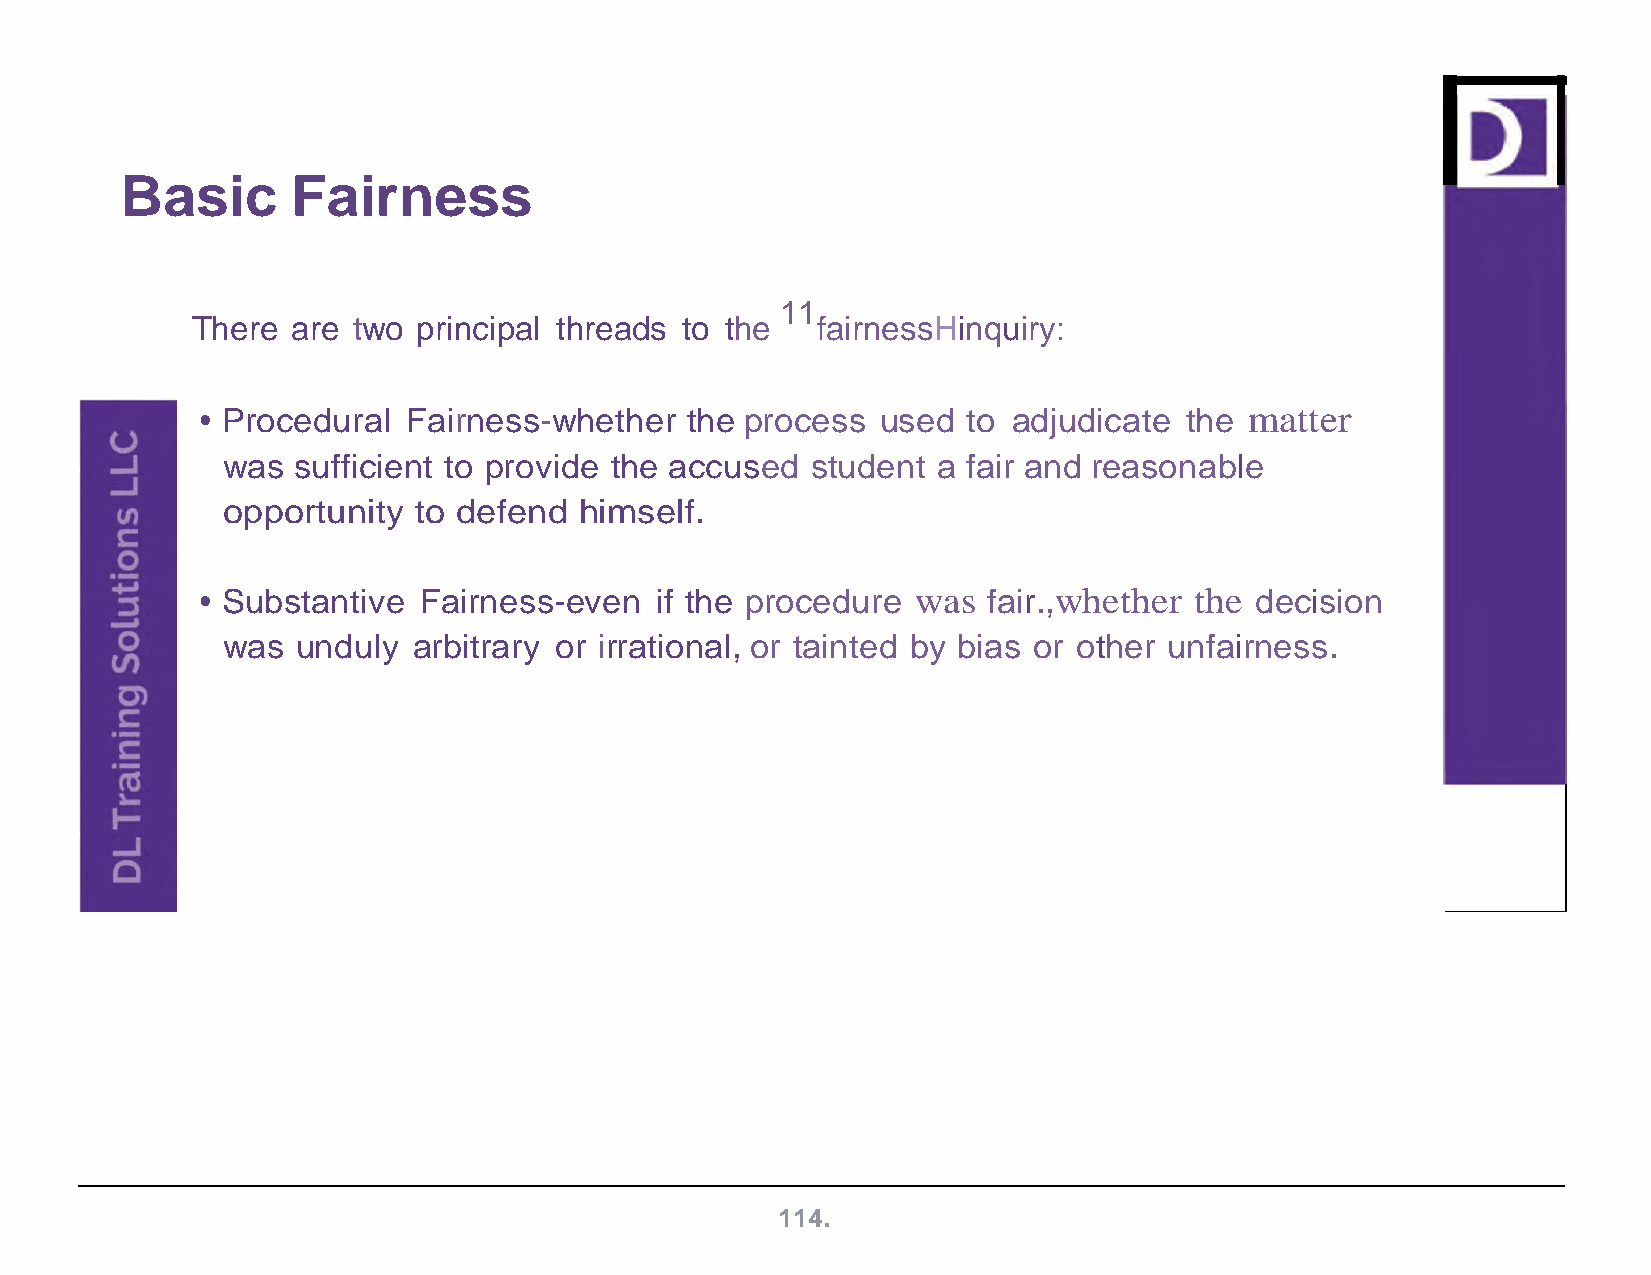
Basic      Fairness
 11
 There are two  principal threads to the  fairnessHinquiry:
 • Procedural  Fairness-whether  the process  used  to adjudicate the  matter
 was sufficient to provide the accused  student a fair and reasonable
 opportunity to defend  himself.
 • Substantive  Fairness-even  if the procedure  was fair.,whether the decision
 was  unduly arbitrary or irrational, or tainted by bias or other unfairness.
 114.